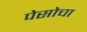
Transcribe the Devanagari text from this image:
पेसोचा